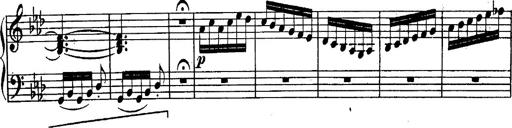
Title: Schubert's Impromptus [revised and edited by Franz Liszt]
Composer: Franz Liszt